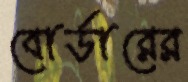
বোর্ডারের